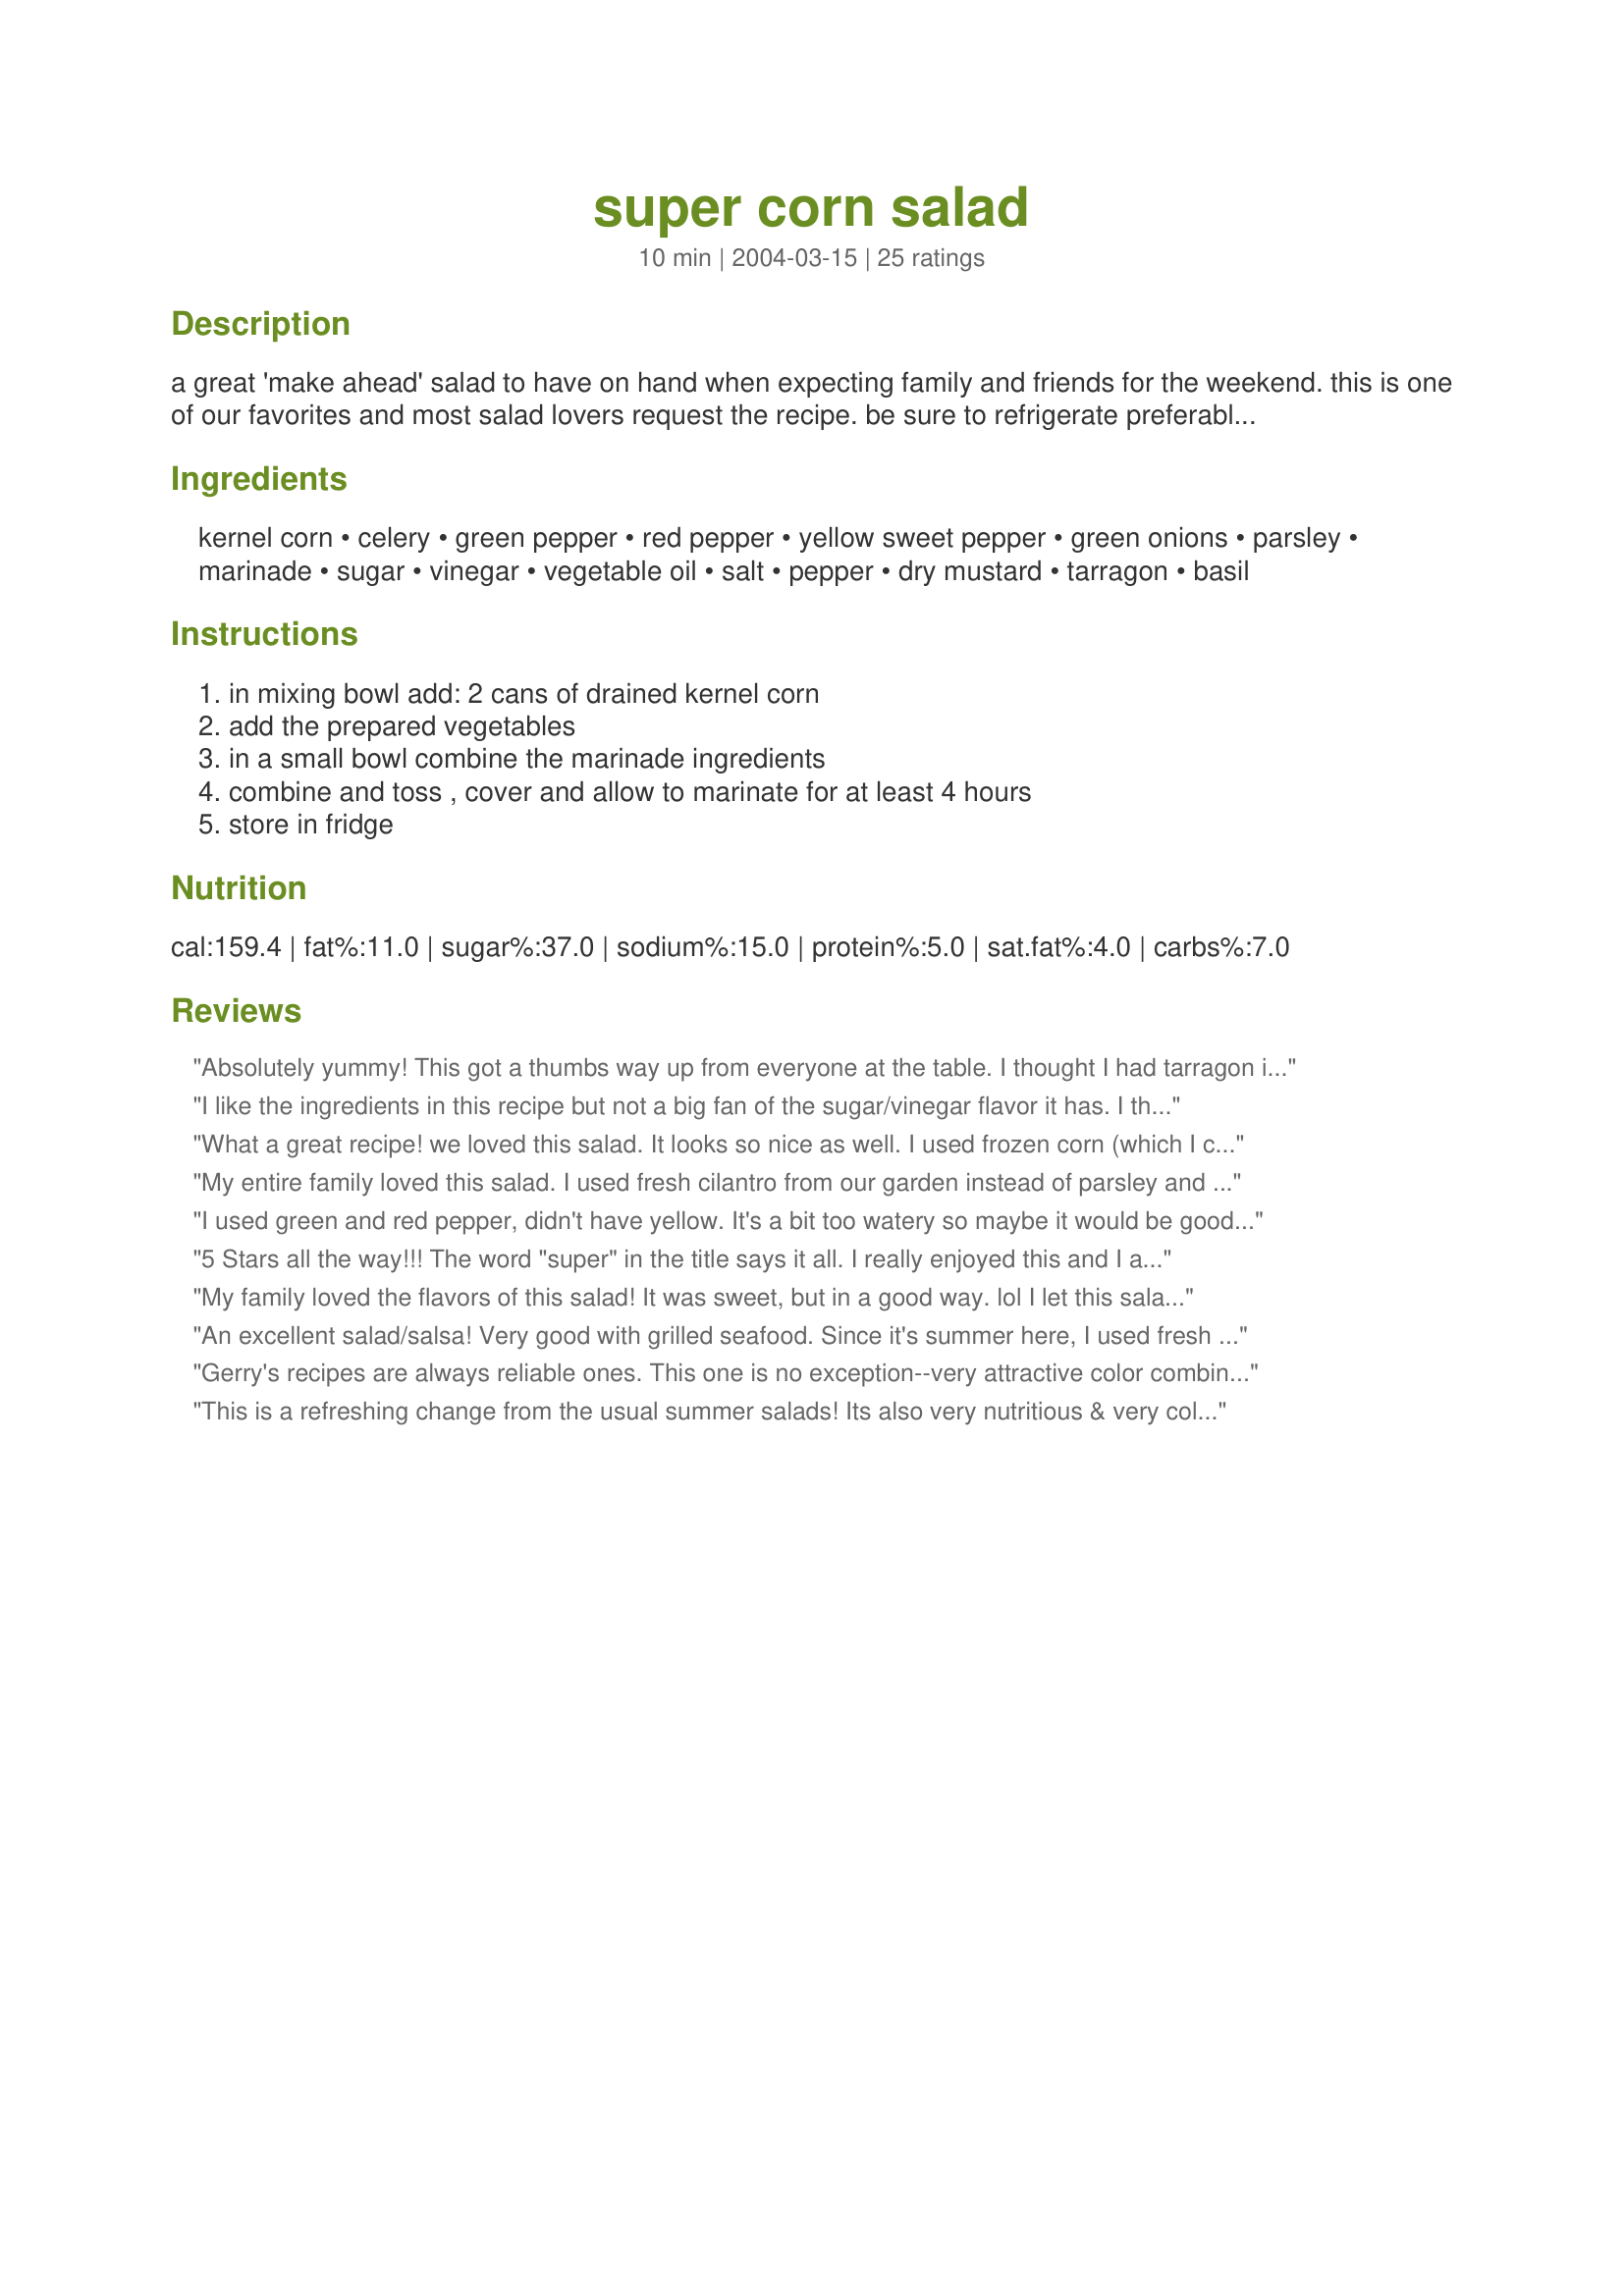
super corn salad
Preparation time: 10 minutes

a great 'make ahead' salad to have on hand when expecting family and friends for the weekend. this is one of our favorites and most salad lovers request the recipe. be sure to refrigerate preferably in a covered jar which i find keeps it crisp and fresh. only the salad itself goes into the serving bowl - the marinade remains in the jar. using one of your special glass bowls adds to the presentation.

Ingredients:
kernel corn, celery, green pepper, red pepper, yellow sweet pepper, green onions, parsley, marinade, sugar, vinegar, vegetable oil, salt, pepper, dry mustard, tarragon, basil

Steps:
in mixing bowl add: 2 cans of drained kernel corn, add the prepared vegetables, in a small bowl combine the marinade ingredients, combine and toss , cover and allow to marinate for at least 4 hours, store in fridge

Reviews:
Absolutely yummy! This got a thumbs way up from everyone at the table. I thought I had tarragon in the cupboard but didn't so had to do without but it was still worth at least 5 stars. I will be making this again and again. Thanks so much for sharing your recipe. This was made for ZWT4.
I like the ingredients in this recipe but not a big fan of the sugar/vinegar flavor it has. I think it would taste better with a cilantro/lime flavor. Either way it is a refreshing healthy salad and worth the try.
What a great recipe! we loved this salad. It looks so nice as well. I used frozen corn (which I cooked and then cooled) Perfect recipe,no changes required.There is no doubt that this will be made often.Another winner Gerry,Thanks.
My entire family loved this salad. I used fresh cilantro from our garden instead of parsley and then added just a few jalapeno slices for extra kick. Some of my family enjoyed it with nacho chips as a dip.
I used green and red pepper, didn't have yellow. It's a bit too watery so maybe it would be good to reduce the quantity of liquid. If I do it again, I'll try to reduce it. Thanks Gerry. Made for the Babes of ZWT4
5 Stars all the way!!! The word "super" in the title says it all. I really enjoyed this and I am sure it would be well received at any potluck or BBQ. Thanks for a recipe I will stash in my favorites file! Made for AUS/NZ recipe swap.
My family loved the flavors of this salad! It was sweet, but in a good way. lol I let this salad sit overnight to make sure the flavors would have good time to soak up all the flavor. Garnished with cilantro leaves. Thanks! Made for ZWT4 - Jefes de la Cocina.
An excellent salad/salsa! Very good with grilled seafood. Since it's summer here, I used fresh corn and fresh herbs and added one minced hot pepper. Good one, Gerry!
Gerry's recipes are always reliable ones. This one is no exception--very attractive color combination, easy to make and delicious too. Thanks for making our fourth of July party a little more special.
This is a refreshing change from the usual summer salads! Its also very nutritious & very colourful. Aside from scaling in half, I followed the recipe verbatim. Thanx Gerry!
This was really good. I was a bit anxious that my husband wouldn't try it, let alone like it, as he is not crazy about celery or sweet peppers in a salad. Boy did he ever surprise me. He loved it and so did I! Great recipe - thanks!
This was just excellent!! I didn't have the fresh parsley or the yellow sweet peppers, so I had to leave them out. I never have green onions on hand, so I substituted finely chopped red onion. I also used extra peppers and celery because I like lots of crunch. This is a keeper! Gerry 999 thanks for posting!!
This was a lovely salad which was very convenient to make. I made some small substitutions. I used about 3/4 tsp of liquid mustard as I didn't have any mustard powder and white cider vinegar and parsley flakes for the marinade. I also used 1/4 cup of orange pepper instead of yellow and reduced the sugar to 1 tablespoon. I really liked the celery in this salad and the quite delicate flavour of the marinade which didn't overpower the taste of the corn. A very interesting salad which I will happily make again.
GREAT, GREAT SALAD, & not the kind I usually prepare ~ Thaks for the great treat! I also cut the recipe in half, but I'm also tucking it into my 'Holiday Gifts, to Make' cookbook, 'cause I think it would make a great & unusual addition to a gift basket! Thanks for sharing! [Tagged, made & reviewed in the Zaar Chef Alphabet Soup Game]
Wow! This salad was better than I could have imagined. I halved it for 2 of us, but otherwise followed instructions. What a great addition to our summer eating.....thanks Gerry999!
I would say taste wise I would rate 3 stars- it was to relishy to me. Something was strong in it not sure which ingredient. I took it to a after hours Work Party everyone loved it, only a tiny bit was left! I made 1 & 1/2 times the recipe to make sure we had enough. I got a lot of good comments on it, one thought adding jalapenos would be good? I will make again since its so pretty & easy! The only thing I wish I could change is the dressing a little, but just not experienced enough to know what I would need to change. Thanks for a beautiful side dish!
A ver tasty and out of the ordinary salad! I skipped the celery cause I don't like it and I also added an orange pepper. I made the half and had it as lunch! Sweet and sour, lovely. Thanks Gerry, its a keeper. Made it for the 12 Days of Christmas Swap!
This was the first time I'd made a salad with corn as the main ingredient and will not be the last! The dressing was just divine....YUM! I halved the recipe and used frozen kernels instead of canned but otherwise made as directed. Thanks for sharing :)
I looked through several recipes before choosing this corn salad. I changed a couple of things just to suite the tastes of my family. I used frozen corn (thawed but not cooked) added a can of black beans, substituted zuchinni for the yellow sweet peppers, cilantro instead of parsley, a bottled rosemary balsamic vinaigerette (for simiplicity)and garnished the salad w/chopped avocado. Smashingly good, colorful, light, crunchy - excellent! Quick to make, requires a can opener and a sharp knife.
ZWT4: Delicious and easy to make! Enjoyed it with steak and brussells sprouts!
I made this for a potluck at work today and everyone loved it. I was concerned about making to much but it was such a hit I should have made a larger batch. Several made a point to let me know how much they liked it! Very attractive and flavorful dish!
Really great salad - unusual and refreshing. So pretty, too.
I just made half the recipe as there are only two of us but I wanted to try it out before serving to company. I did not have fresh parsley and I can only imagine how much better it would be. This salad is absolutely delicious and will be a great addition to the menu. This is a very colourful and attractive dish with the added bonus that it tastes so good. Also the fact that you can prepare it the day before is great. I highly recommend this recipe.
This is super as its' titles suggests...and keeps good for a long time too. Nice for the summer months...when you are too busy doing things outside. Thank you.
Lovely addition to my barbeque's salad selection. Fresh tasting and even prettier surround my heirloom cherry tomatoes. Thank you1
